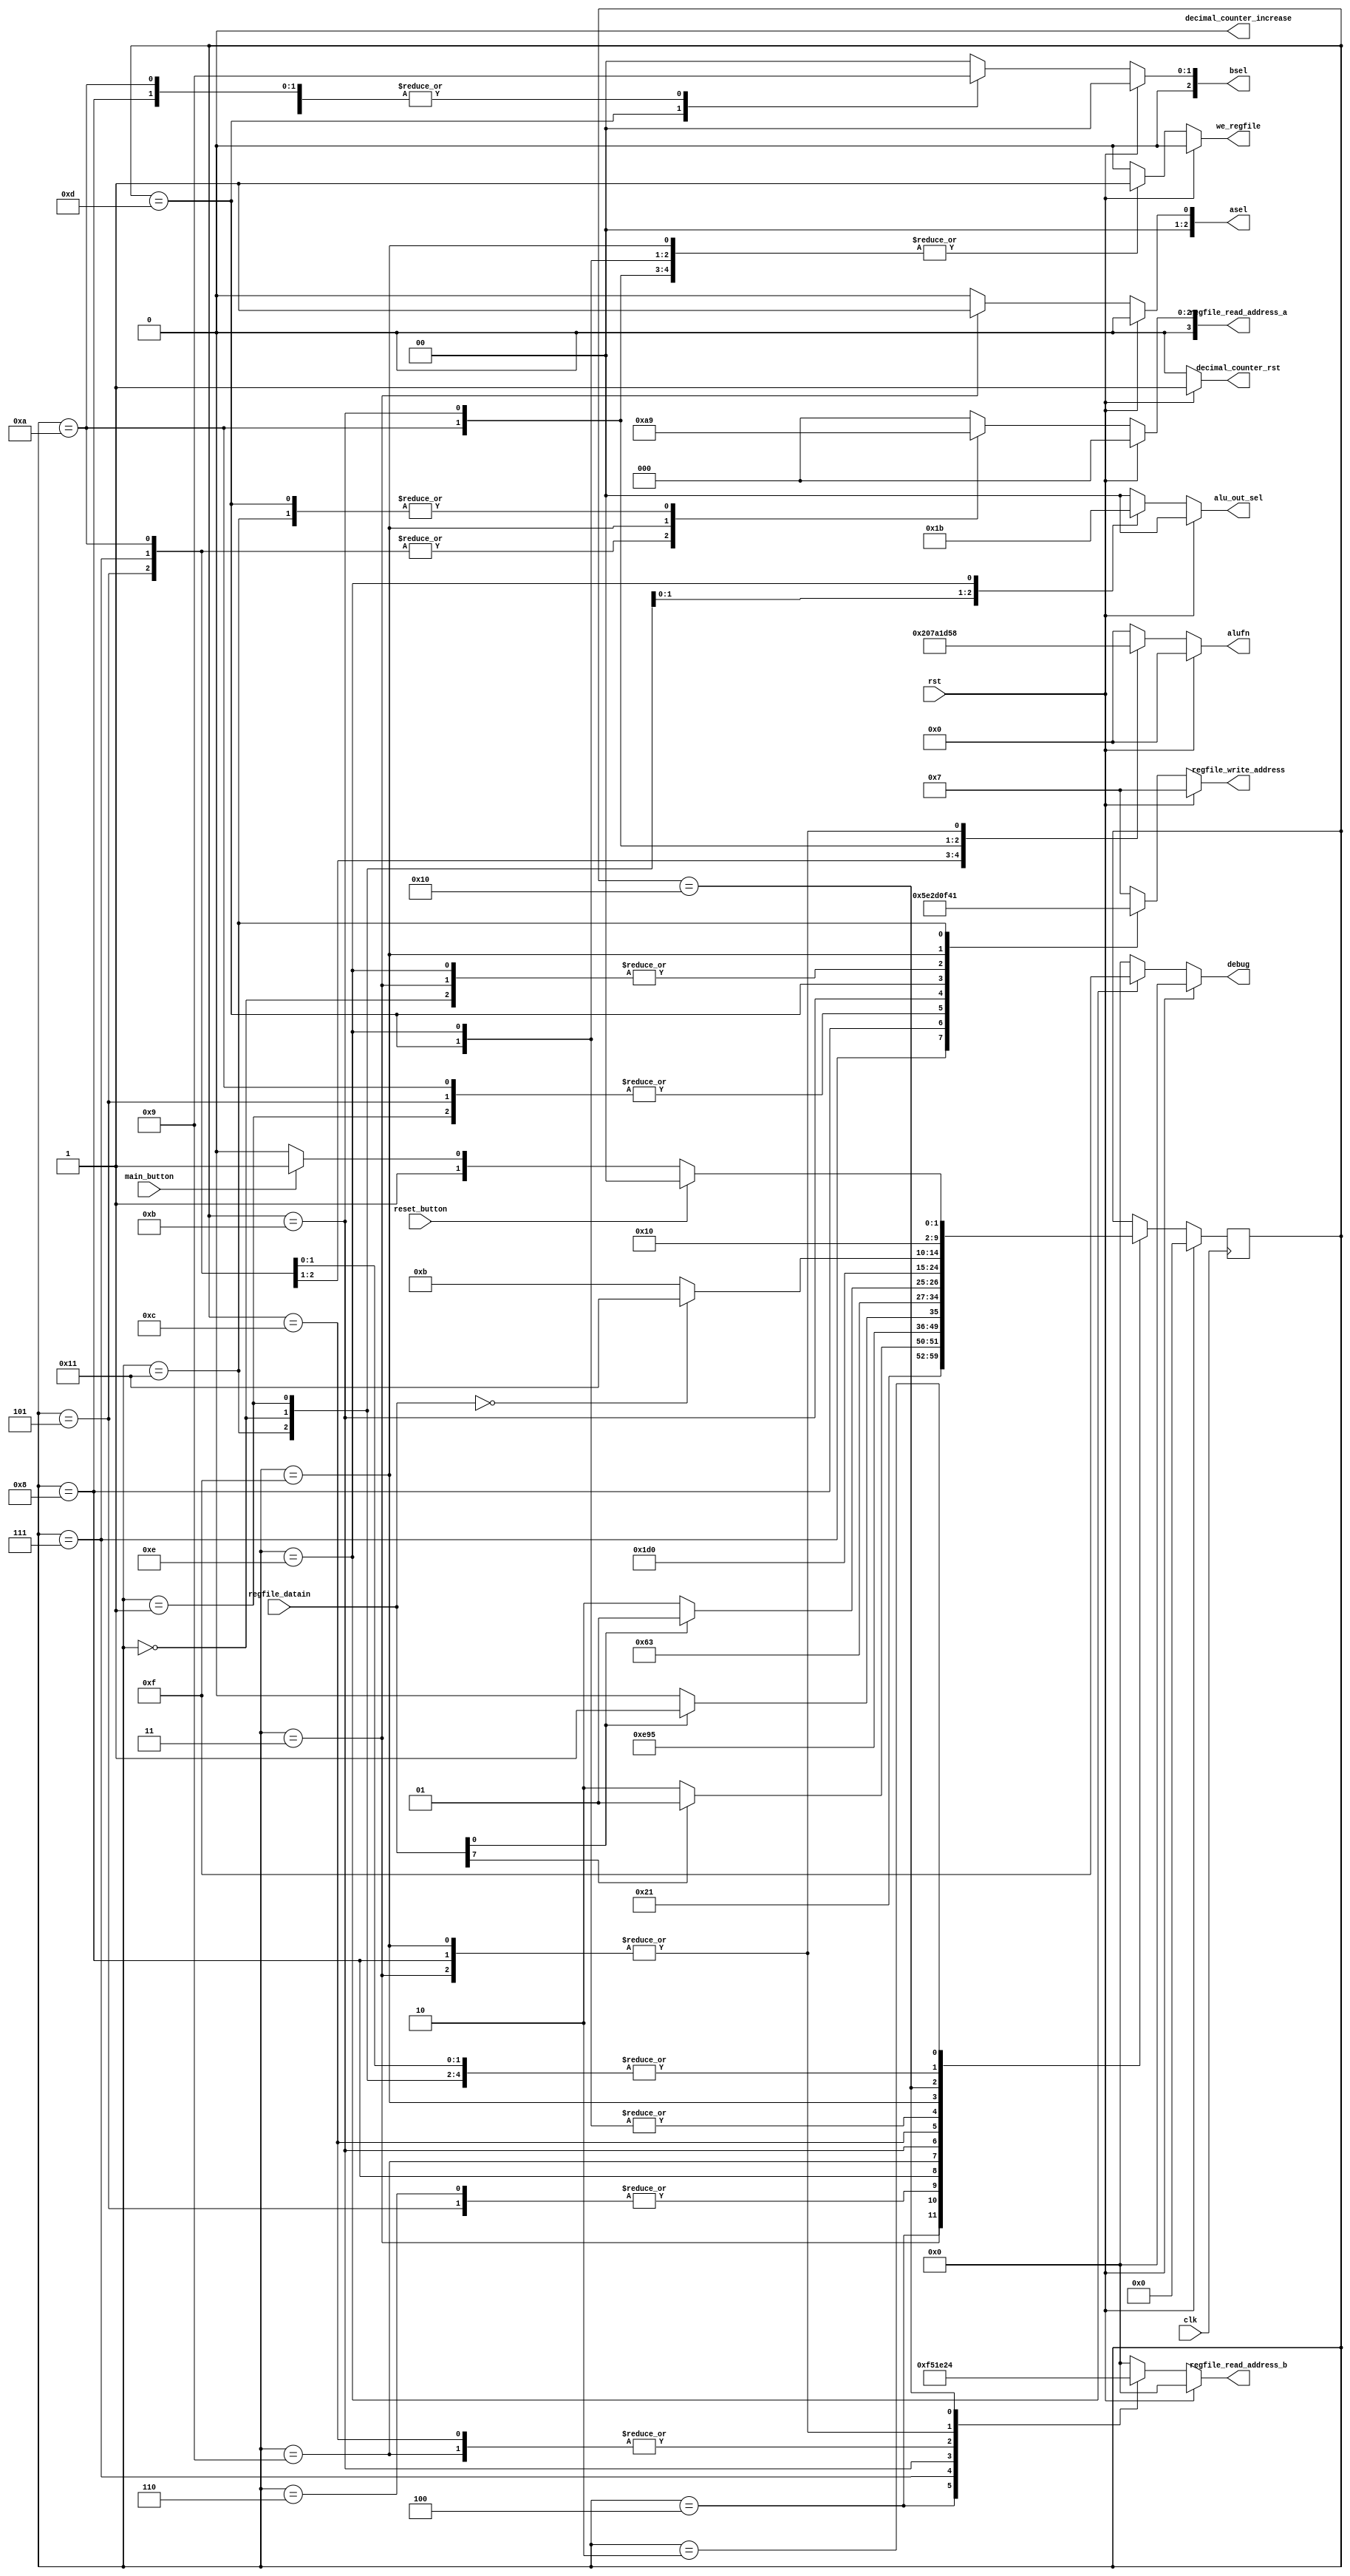
/*
   This file was generated automatically by Alchitry Labs version 1.2.7.
   Do not edit this file directly. Instead edit the original Lucid source.
   This is a temporary file and any changes made to it will be destroyed.
*/

module game_CU_11 (
    input clk,
    input rst,
    input [15:0] regfile_datain,
    input main_button,
    input reset_button,
    output reg [5:0] alufn,
    output reg [2:0] asel,
    output reg [2:0] bsel,
    output reg [1:0] alu_out_sel,
    output reg [3:0] regfile_write_address,
    output reg [3:0] regfile_read_address_a,
    output reg [3:0] regfile_read_address_b,
    output reg we_regfile,
    output reg decimal_counter_increase,
    output reg decimal_counter_rst,
    output reg [3:0] debug
  );
  
  
  
  localparam RESET_game_fsm = 5'd0;
  localparam INITIALISE_DOT_game_fsm = 5'd1;
  localparam IDLE_game_fsm = 5'd2;
  localparam CHECK_DOT_HIGHEST_game_fsm = 5'd3;
  localparam BRANCH_MOVEMENT_game_fsm = 5'd4;
  localparam DOT_UP_game_fsm = 5'd5;
  localparam DOT_STAY_game_fsm = 5'd6;
  localparam RENDER_DOT_game_fsm = 5'd7;
  localparam CHECK_DOT_LOWEST_game_fsm = 5'd8;
  localparam BRANCH_GRAVITY_game_fsm = 5'd9;
  localparam DOT_DOWN_game_fsm = 5'd10;
  localparam CHECK_SCORE_game_fsm = 5'd11;
  localparam BRANCH_SCORE_game_fsm = 5'd12;
  localparam RECORD_SCORE_game_fsm = 5'd13;
  localparam END_GAME_game_fsm = 5'd14;
  localparam CHECK_COLLISION_game_fsm = 5'd15;
  localparam BRANCH_COLLIDE_game_fsm = 5'd16;
  localparam ADD_SCORE_game_fsm = 5'd17;
  
  reg [4:0] M_game_fsm_d, M_game_fsm_q = RESET_game_fsm;
  
  integer i;
  
  always @* begin
    M_game_fsm_d = M_game_fsm_q;
    
    alufn = 1'h0;
    asel = 1'h0;
    bsel = 1'h0;
    we_regfile = 1'h0;
    regfile_write_address = 11'h457;
    regfile_read_address_a = 1'h0;
    regfile_read_address_b = 1'h0;
    alu_out_sel = 1'h0;
    debug = 4'h0;
    decimal_counter_increase = 1'h0;
    decimal_counter_rst = 1'h0;
    if (rst) begin
      M_game_fsm_d = RESET_game_fsm;
      decimal_counter_rst = 1'h1;
    end else begin
      
      case (M_game_fsm_q)
        RESET_game_fsm: begin
          for (i = 4'h0; i <= 4'hf; i = i + 1) begin
            alu_out_sel = 2'h1;
            we_regfile = 1'h1;
            regfile_write_address = i;
          end
          M_game_fsm_d = IDLE_game_fsm;
        end
        INITIALISE_DOT_game_fsm: begin
          alu_out_sel = 2'h2;
          we_regfile = 1'h1;
          regfile_write_address = 4'h2;
          M_game_fsm_d = IDLE_game_fsm;
        end
        CHECK_DOT_HIGHEST_game_fsm: begin
          alufn = 6'h18;
          regfile_read_address_b = 4'h2;
          bsel = 2'h0;
          asel = 2'h1;
          we_regfile = 1'h1;
          regfile_write_address = 4'hf;
          M_game_fsm_d = BRANCH_MOVEMENT_game_fsm;
        end
        BRANCH_MOVEMENT_game_fsm: begin
          regfile_read_address_b = 4'hf;
          if (regfile_datain[7+0-:1]) begin
            M_game_fsm_d = DOT_UP_game_fsm;
          end else begin
            M_game_fsm_d = DOT_STAY_game_fsm;
          end
        end
        DOT_UP_game_fsm: begin
          alufn = 6'h20;
          regfile_read_address_a = 4'h2;
          bsel = 2'h1;
          asel = 2'h0;
          we_regfile = 1'h1;
          regfile_write_address = 4'h2;
          M_game_fsm_d = RENDER_DOT_game_fsm;
        end
        DOT_STAY_game_fsm: begin
          M_game_fsm_d = RENDER_DOT_game_fsm;
        end
        RENDER_DOT_game_fsm: begin
          alufn = 6'h1e;
          regfile_read_address_a = 4'h2;
          regfile_read_address_b = 4'h5;
          bsel = 2'h0;
          asel = 2'h0;
          we_regfile = 1'h1;
          regfile_write_address = 4'h5;
          M_game_fsm_d = IDLE_game_fsm;
        end
        CHECK_DOT_LOWEST_game_fsm: begin
          alufn = 6'h18;
          regfile_read_address_b = 4'h2;
          bsel = 2'h1;
          asel = 2'h0;
          we_regfile = 1'h1;
          regfile_write_address = 4'he;
          M_game_fsm_d = BRANCH_GRAVITY_game_fsm;
        end
        BRANCH_GRAVITY_game_fsm: begin
          regfile_read_address_b = 4'he;
          if (regfile_datain[0+0-:1]) begin
            M_game_fsm_d = CHECK_SCORE_game_fsm;
          end else begin
            M_game_fsm_d = DOT_DOWN_game_fsm;
          end
        end
        DOT_DOWN_game_fsm: begin
          alufn = 6'h21;
          regfile_read_address_a = 4'h2;
          bsel = 2'h1;
          asel = 2'h0;
          we_regfile = 1'h1;
          regfile_write_address = 4'h2;
          M_game_fsm_d = IDLE_game_fsm;
        end
        CHECK_SCORE_game_fsm: begin
          alufn = 6'h35;
          regfile_read_address_a = 4'h0;
          regfile_read_address_b = 4'h1;
          asel = 2'h0;
          bsel = 2'h0;
          we_regfile = 1'h1;
          regfile_write_address = 4'hd;
          M_game_fsm_d = BRANCH_SCORE_game_fsm;
        end
        BRANCH_SCORE_game_fsm: begin
          regfile_read_address_b = 4'he;
          if (regfile_datain[0+0-:1]) begin
            M_game_fsm_d = RECORD_SCORE_game_fsm;
          end else begin
            M_game_fsm_d = END_GAME_game_fsm;
          end
        end
        RECORD_SCORE_game_fsm: begin
          alufn = 6'h00;
          regfile_read_address_a = 4'h1;
          asel = 2'h0;
          bsel = 2'h2;
          we_regfile = 1'h1;
          regfile_write_address = 4'h0;
          M_game_fsm_d = END_GAME_game_fsm;
        end
        END_GAME_game_fsm: begin
          debug = 4'hf;
          for (i = 4'h0; i <= 4'hf; i = i + 1) begin
            alu_out_sel = 2'h3;
            we_regfile = 1'h1;
            regfile_write_address = i;
          end
          M_game_fsm_d = END_GAME_game_fsm;
        end
        CHECK_COLLISION_game_fsm: begin
          alufn = 6'h18;
          regfile_read_address_a = 4'h5;
          regfile_read_address_b = 4'h2;
          asel = 2'h0;
          bsel = 2'h0;
          we_regfile = 1'h1;
          regfile_write_address = 4'h4;
          M_game_fsm_d = BRANCH_COLLIDE_game_fsm;
        end
        BRANCH_COLLIDE_game_fsm: begin
          regfile_read_address_b = 4'h4;
          if (regfile_datain == 1'h0) begin
            M_game_fsm_d = ADD_SCORE_game_fsm;
          end else begin
            M_game_fsm_d = CHECK_SCORE_game_fsm;
          end
        end
        ADD_SCORE_game_fsm: begin
          alufn = 6'h00;
          regfile_read_address_a = 4'h1;
          asel = 2'h0;
          bsel = 2'h1;
          we_regfile = 1'h1;
          regfile_write_address = 4'h1;
          M_game_fsm_d = IDLE_game_fsm;
        end
        IDLE_game_fsm: begin
          if (reset_button) begin
            M_game_fsm_d = RESET_game_fsm;
          end else begin
            if (main_button) begin
              M_game_fsm_d = CHECK_DOT_HIGHEST_game_fsm;
            end else begin
              M_game_fsm_d = IDLE_game_fsm;
            end
          end
        end
      endcase
    end
  end
  
  always @(posedge clk) begin
    M_game_fsm_q <= M_game_fsm_d;
  end
  
endmodule